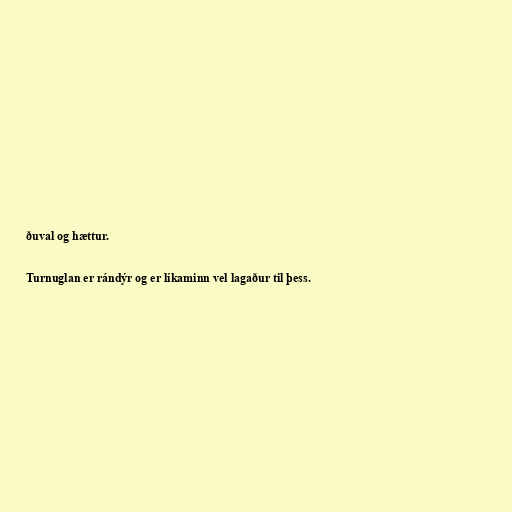
ðuval og hættur.

Turnuglan er rándýr og er líkaminn vel lagaður til þess.